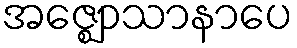
အဇ္ဈောသာနာပေ